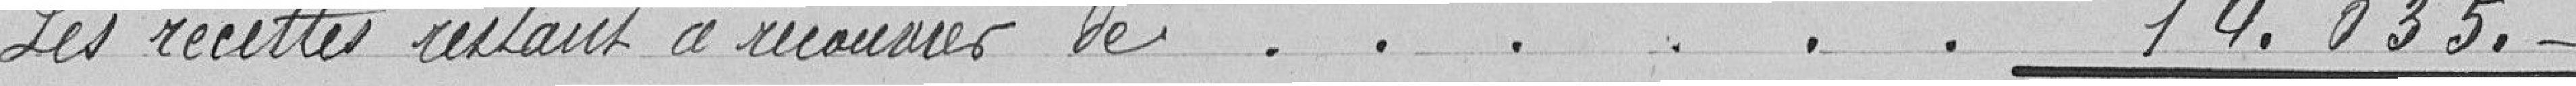
Les recettes restant à recouvrer de  . . . . . . 14.035.